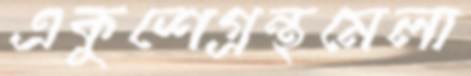
একুশেগ্রন্থমেলা